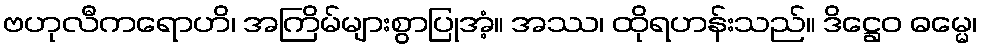
ဗဟုလီကရောဟိ၊ အကြိမ်များစွာပြုအံ့။ အဿ၊ ထိုရဟန်းသည်။ ဒိဋ္ဌေဝ ဓမ္မေ၊